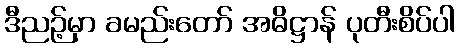
ဒီညဉ့်မှာ ခမည်းတော် အဓိဋ္ဌာန် ပုတီးစိပ်ပါ